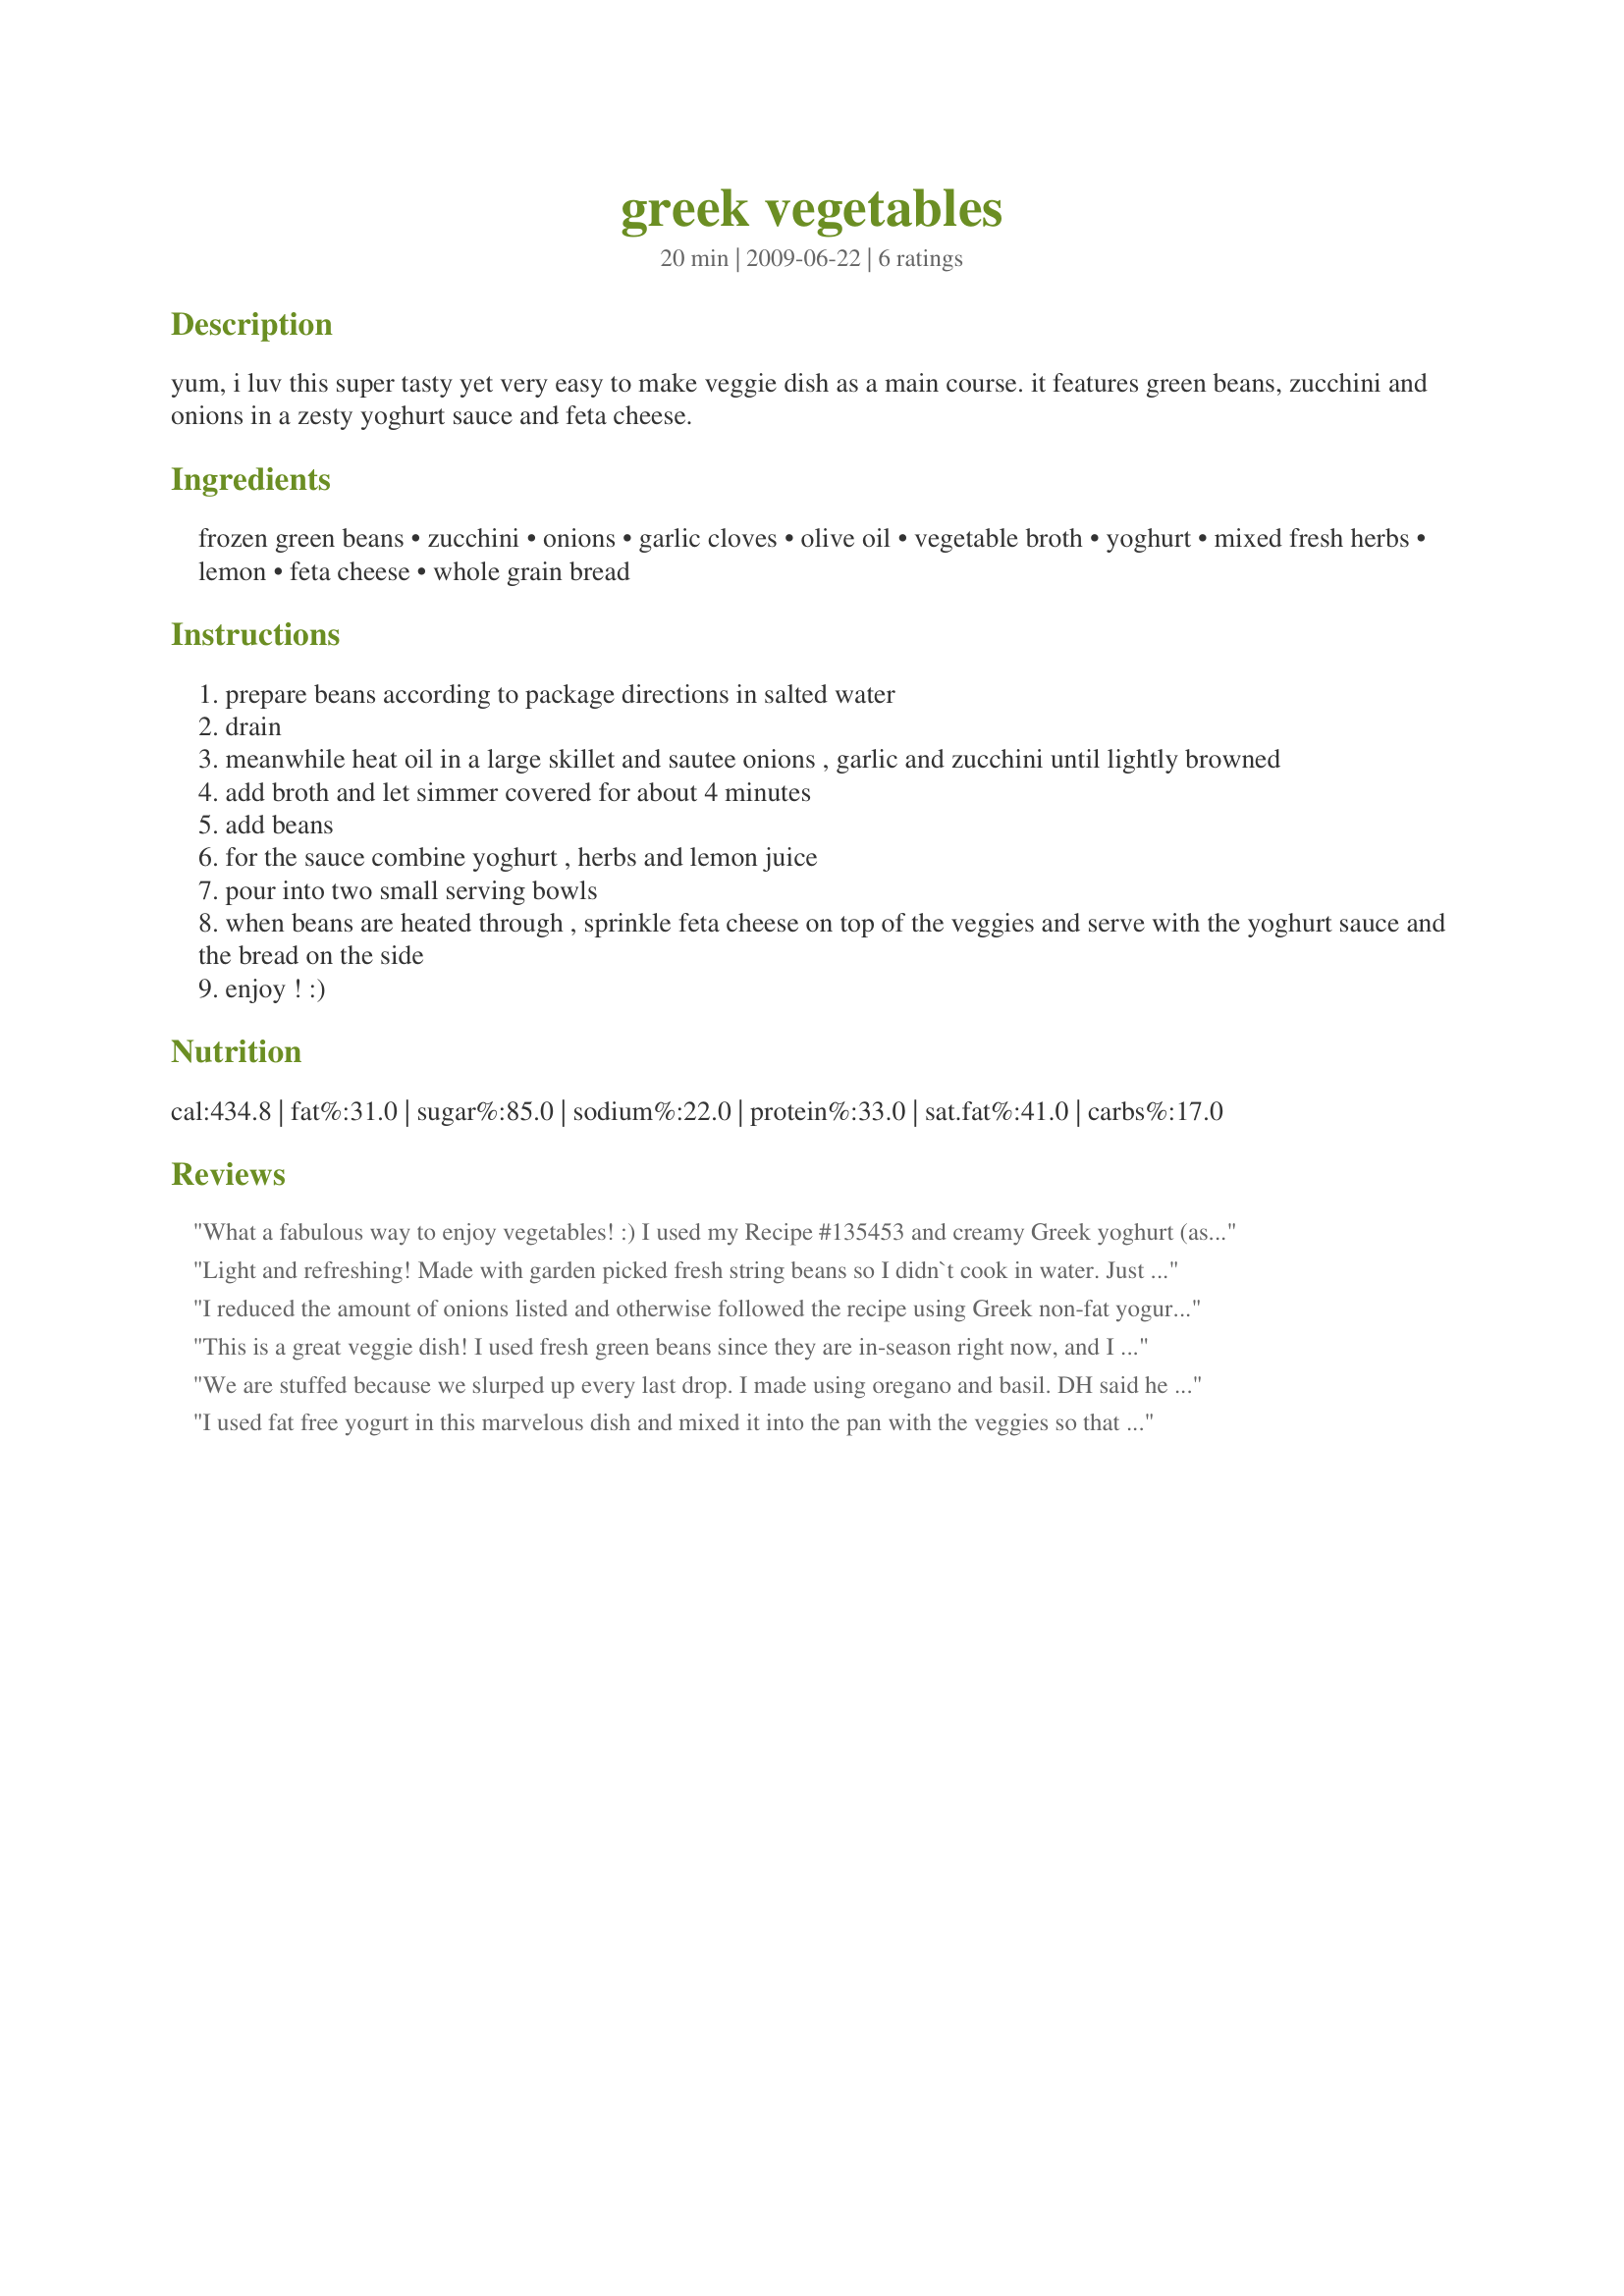
greek vegetables
Preparation time: 20 minutes

yum, i luv this super tasty yet very easy to make veggie dish as a main course. it features green beans, zucchini and onions in a zesty yoghurt sauce and feta cheese.

Ingredients:
frozen green beans, zucchini, onions, garlic cloves, olive oil, vegetable broth, yoghurt, mixed fresh herbs, lemon, feta cheese, whole grain bread

Steps:
prepare beans according to package directions in salted water
drain
meanwhile heat oil in a large skillet and sautee onions , garlic and zucchini until lightly browned
add broth and let simmer covered for about 4 minutes
add beans
for the sauce combine yoghurt , herbs and lemon juice
pour into two small serving bowls
when beans are heated through , sprinkle feta cheese on top of the veggies and serve with the yoghurt sauce and the bread on the side
enjoy ! :)

Reviews:
What a fabulous way to enjoy vegetables! :) I used my Recipe #135453 and creamy Greek yoghurt (as that's my regular yoghurt); and used fresh basil, oregano and thyme. Loved the lemony yoghurt sauce. I'll be making this regularly from now on and look forward to trying it with different vegetables and different herbs. Thanks so much for sharing this recipe!
Light and refreshing! Made with garden picked fresh string beans so I didn`t cook in water. Just added in along with the zukes. Didn`t need broth so that was omitted. For the herbs I use Greek oregano, parsley, thyme. Plated and just poured the dressing over it. Didn`t measure a thing just went with it. Thanks!
I reduced the amount of onions listed and otherwise followed the recipe using Greek non-fat yogurt (so thick and creamy) and reduced fat feta cheese. It was so good and full of flavor and yet light. There was lots of extra dressing which I then used for cucumber salad.
This is a great veggie dish! I used fresh green beans since they are in-season right now, and I got a lovely bunch at the farmer's market. I used fresh basil and oregano from my container garden, and paired the dish with chicken souvlaki. It was wonderful! Thanks for sharing!
We are stuffed because we slurped up every last drop. I made using oregano and basil. DH said he would have like a little less onion, but I thought it was perfect as is. Thanks so much for the post.
I used fat free yogurt in this marvelous dish and mixed it into the pan with the veggies so that they would all get coated. This is a truly fast and delicious recipe that I used as a healthy light meal. I will certainly make this again and I think that next time I'll add some red pepper and mushrooms. Yummmm :D. Made for PAC, Spring '10.
